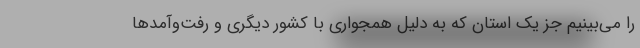
را می‌بینیم جز یک استان که به دلیل همجواری با کشور دیگری و رفت‌وآمدها